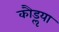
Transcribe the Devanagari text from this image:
कौडॢया